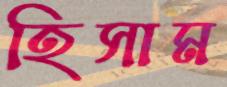
হিসাম